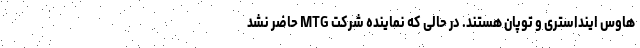
هاوس اینداستری و توپان هستند. در حالی که نماینده شرکت MTG حاضر نشد